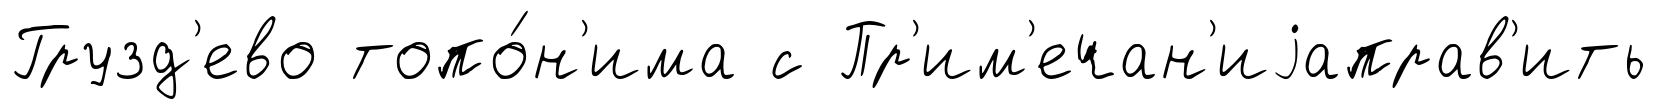
Грузд'ево топо́н'има с Пр'им'ечан'иjаправ'ить